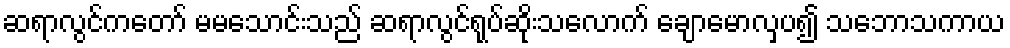
ဆရာလွင်ကတော် မမသောင်းသည် ဆရာလွင်ရုပ်ဆိုးသလောက် ချောမောလှပ၍ သဘောသကာယ